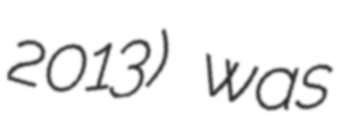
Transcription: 2013) was